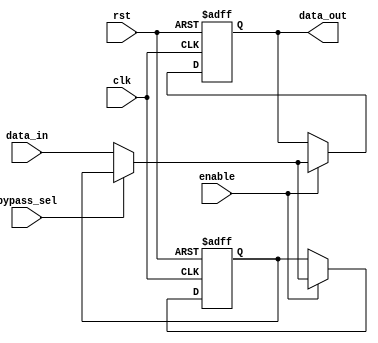
module CascadeBypassRegister(
  input wire clk,
  input wire rst,
  input wire enable,
  input wire bypass_sel,
  input wire [7:0] data_in,
  output reg [7:0] data_out
);

reg [7:0] register_data;

always @ (posedge clk or posedge rst) begin
  if (rst) begin
    register_data <= 8'b00000000;
    data_out <= 8'b00000000;
  end else if (enable) begin
    if (bypass_sel) begin
      data_out <= register_data;
    end else begin
      register_data <= data_in;
      data_out <= data_in;
    end
  end
end

endmodule